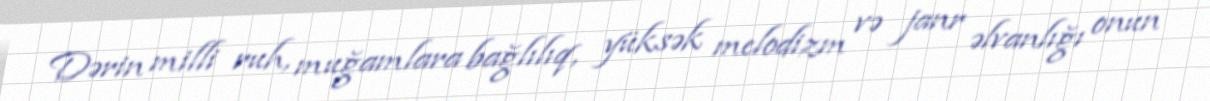
Dərin milli ruh, muğamlara bağlılıq, yüksək melodizm və janr əlvanlığı onun